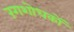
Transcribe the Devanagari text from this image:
रंगशोधकों